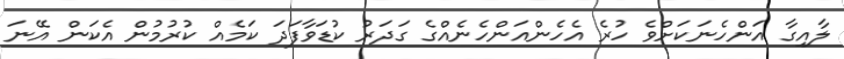
ލާއިގާ އަންހެނަކަށްވެ ހުރެ އެހެންއަންހެނެއްގެ ގަދަރު ކުޑަވާފަދަ ކަމެއް ކުރުމުން އެކަން އޭނަ